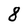
Character: 8